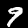
Label: 9